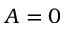
A = 0